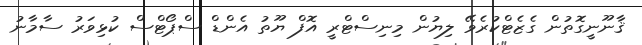
ޤާނޫނީގޮތުން ގެޒެޓްކުރެވޭ ލިޔުން މިނިސްޓްރީ އޮފް ޔޫތު އެންޑް ސްޕޯޓްސް ކުޅިވަރު ސާމާނު